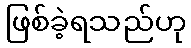
ဖြစ်ခဲ့ရသည်ဟု